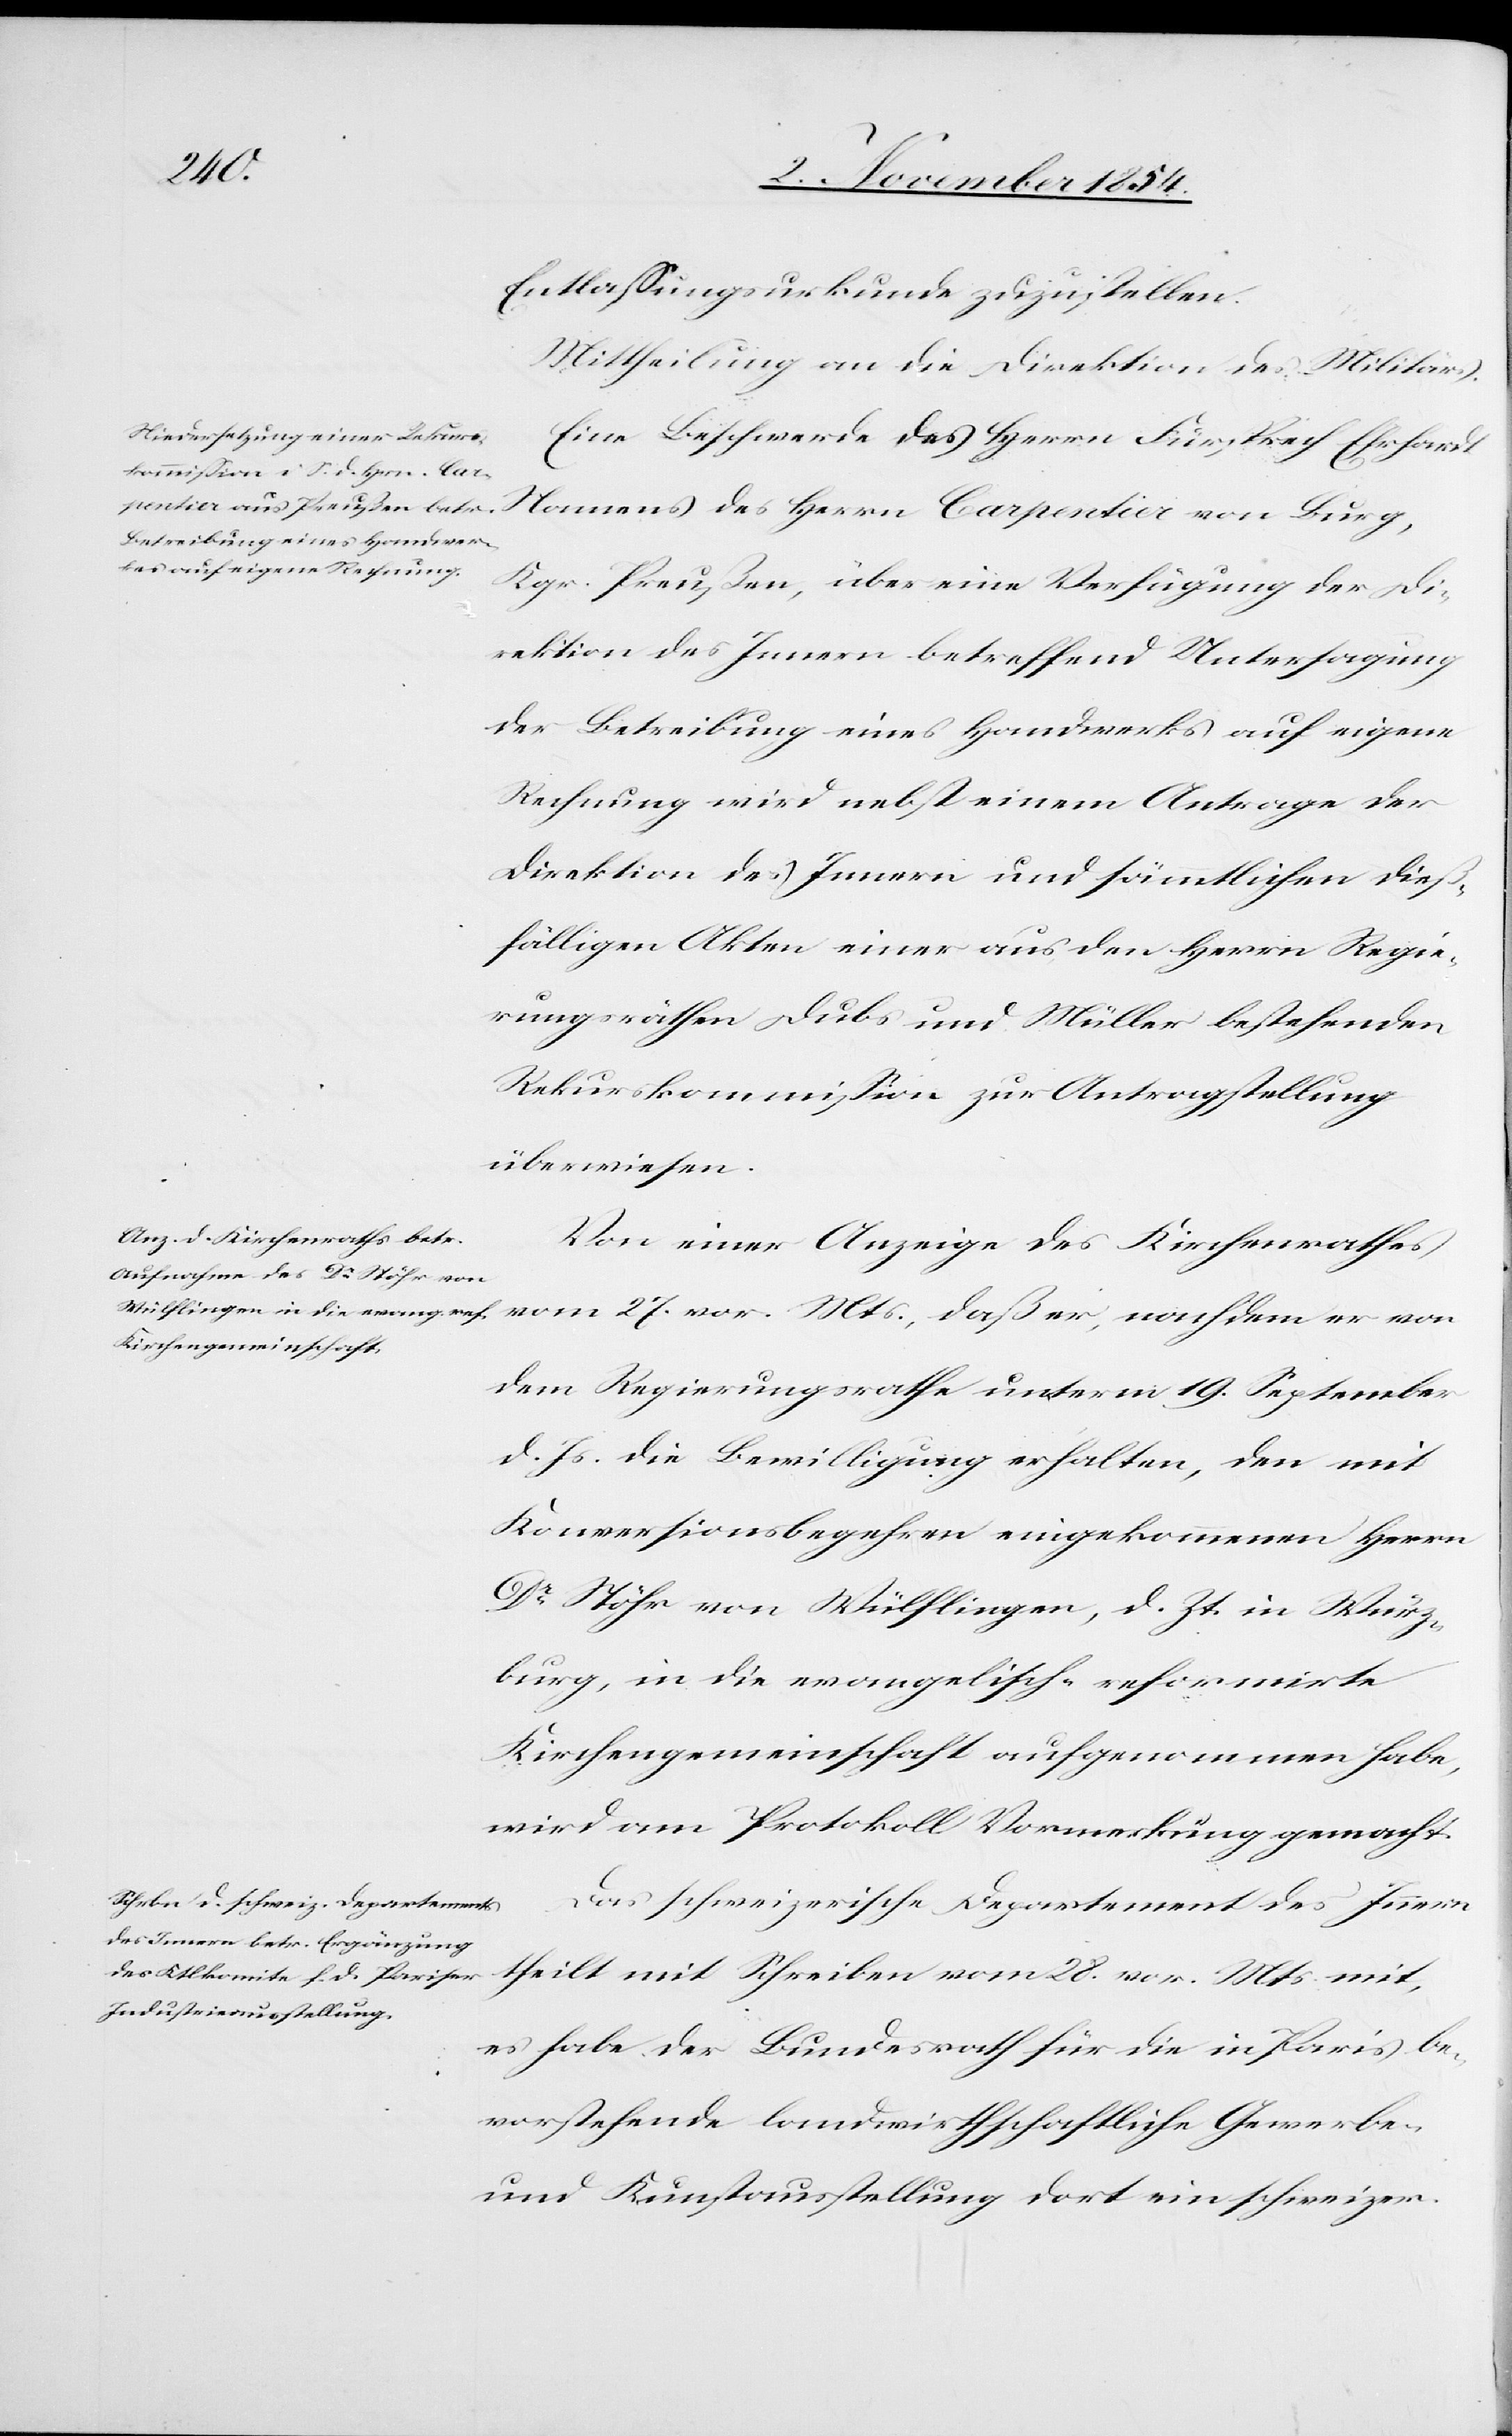
von
Entlaßungsurkunde zuzustellen.
Mittheilung an die Direktion des Militärs.
Eine Beschwerde des Herrn Fürsprech Ehrhardt
Namens des Herrn Carpentia von Burg,
Kgr. Preußen, über eine Verfügung der Di¬
rektion des Innern betreffend Untersagung
der Betreibung eines Handwerks auf eigene
Rechnung wird nebst einem Antrage der
Direktion des Innern und sämmtlichen dieß¬
fälligen Akten einer aus den Herrn Regie¬
rungsräthen Dubs und Müller bestehenden
Rekurskommißion zur Antragstellung
überwiesen.
Von einer Anzeige des Kirchenrathes
dem Regierungsrathe unterm 19. September
d. Js. die Bewilligung erhalten, den mit
Konversionsbegehren eingekommenen Herrn
Dr Stöhr von Wülflingen, d. Zt. in Würz¬
burg, in die evangelisch-reformirte
Kirchengemeinschaft aufgenommen habe,
wird am Protokoll Vormerkung gemacht.
Das schweizerische Departement des Innern
theilt mit Schreiben vom 28. vor. Mts. mit,
es habe der Bundesrath für die in Paris be¬
vorstehende landwirthschaftliche Gewerbe-
und Kunstausstellung dort ein schweizer.